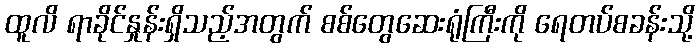
ထူလိ ရာခိုင်နှုန်းရှိသည့်အတွက် စစ်တွေဆေးရုံကြီးကို ရေတပ်စခန်းသို့